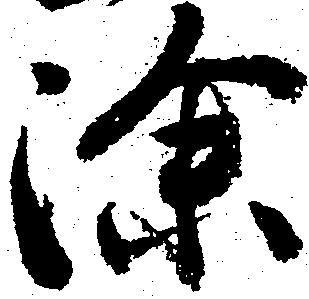
除